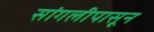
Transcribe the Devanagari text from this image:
सांगलीपासून